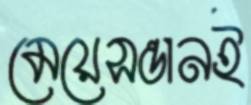
মেয়েসন্তানই